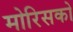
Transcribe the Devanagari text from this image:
मोरिसको